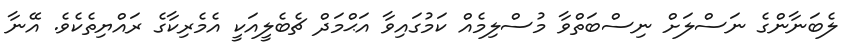
ލެބަނާންގެ ނަސްލަށް ނިސްބަތްވާ މުސްލިމެއް ކަމުގައިވާ އަޙްމަދް ޗެބެލީއަކީ އެމެރިކާގެ ރައްޔިތެކެވެ. އޭނާ